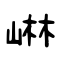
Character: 崊